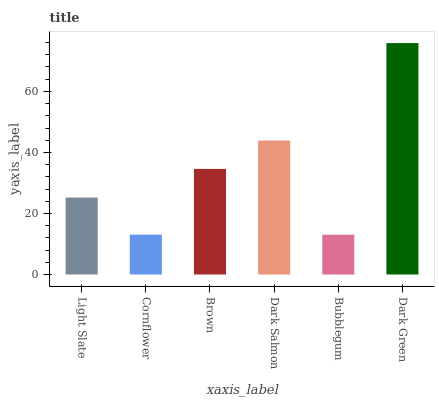
| xaxis_label | bars |
 | --- | --- |
 | Light Slate | 25.2 |
 | Cornflower | 13.1 |
 | Brown | 34.6 |
 | Dark Salmon | 43.9 |
 | Bubblegum | 13 |
 | Dark Green | 75.8 |